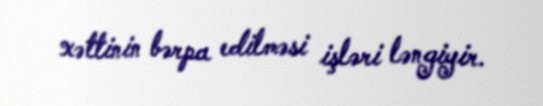
xəttinin bərpa edilməsi işləri ləngiyir.